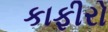
કાફીરો